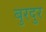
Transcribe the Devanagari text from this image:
बुरदुर